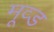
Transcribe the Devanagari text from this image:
मूव्ड